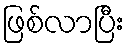
ဖြစ်လာပြီး